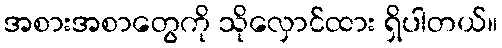
အစားအစာတွေကို သိုလှောင်ထား ရှိပါတယ်။